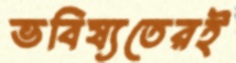
ভবিষ্যতেরই